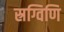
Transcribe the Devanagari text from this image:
स्रग्विणि